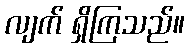
လျက် ရှိကြသည်။